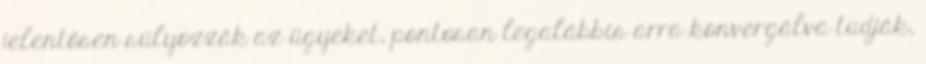
jelentősen súlyozzák az ügyeket, pontosan legalábbis arra konvergálva tudják,